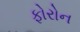
ફોરોન